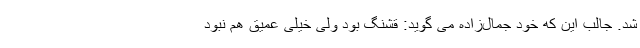
شد. جالب این که خود جمال‌زاده می گوید: قشنگ بود ولی خیلی عمیق هم نبود